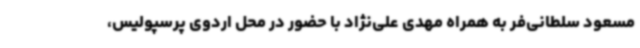
مسعود سلطانی‌فر به همراه مهدی علی‌نژاد با حضور در محل اردوی پرسپولیس،